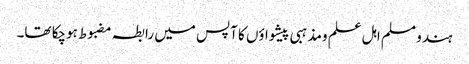
ہندو مسلم اہل علم ومذہبی پیشواؤں کا آپس میں رابطہ مضبوط ہوچکا تھا۔